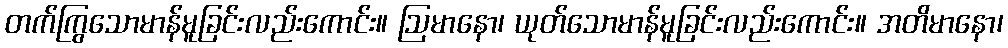
တက်ကြွသောမာန်မူခြင်းလည်းကောင်း။ ဩမာနော၊ ယုတ်သောမာန်မူခြင်းလည်းကောင်း။ အတိမာနော၊